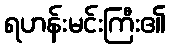
ရဟန်းမင်းကြီး၏